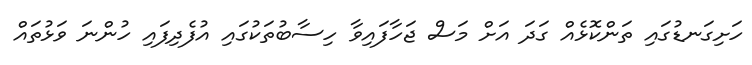
ހަށިގަނޑުގައި ތަންކޮޅެއް ގަދަ އަށް މަސް ޖަހާފައިވާ ހިސާބުތަކުގައި އުފެދިފައި ހުންނަ ވަޅުތައް